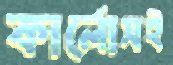
কার্লোসই